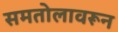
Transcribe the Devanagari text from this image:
समतोलावरून